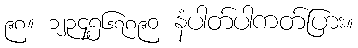
၉၈။ ၁၂၃၄၅၆၇၈၉၀ နံပါတ်ပါကတ်ပြား။